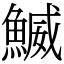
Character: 鰄